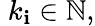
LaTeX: \; k_{\mathbf{i}}\in\mathbb{{N}},